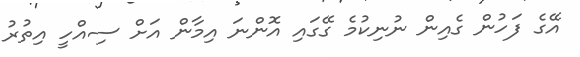
އޭގެ ފަހުން ގެއިން ނުނިކުމެ ގޭގައި އޮންނަ އިމާން އަށް ސިއްހީ އިތުރު